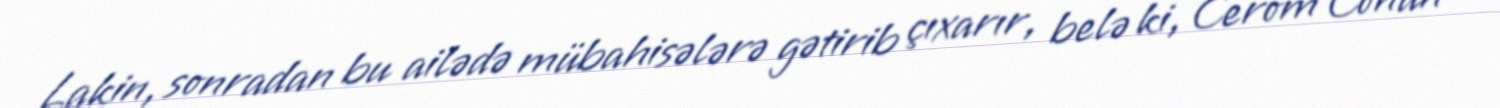
Lakin, sonradan bu ailədə mübahisələrə gətirib çıxarır, belə ki, Cerom Conun